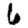
Digit: 6